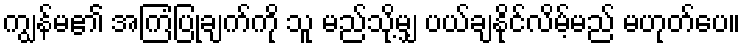
ကျွန်မ၏ အကြံပြုချက်ကို သူ မည်သို့မျှ ပယ်ချနိုင်လိမ့်မည် မဟုတ်ပေ။